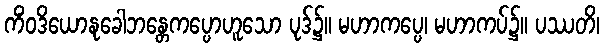
ကိံဝဒိယောနုခေါဘန္တေကပ္ပောဟူသော ပုဒ်၌။ မဟာကပ္ပေ၊ မဟာကပ်၌။ ပဿတိ၊